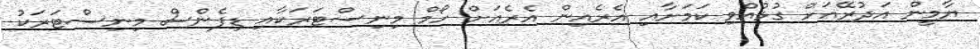
ޔާމީން އަދުރޭއަށް ގުޅުއްވި ކަމަށާއި އެރެއިން އެރެއަށް ހޯމް މިނިސްޓަރަކާއި ޑިފެންސް މިނިސްޓަރަކު